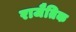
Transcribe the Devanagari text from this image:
राजैतिक